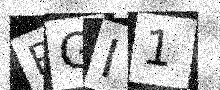
Text: RGI1